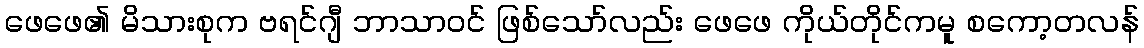
ဖေဖေ၏ မိသားစုက ဗရင်ဂျီ ဘာသာဝင် ဖြစ်သော်လည်း ဖေဖေ ကိုယ်တိုင်ကမူ စကော့တလန်